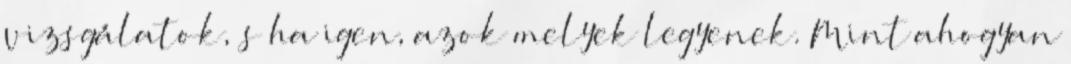
vizsgálatok, s ha igen, azok melyek legyenek. Mint ahogyan